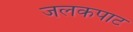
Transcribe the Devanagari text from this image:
जलकपाट